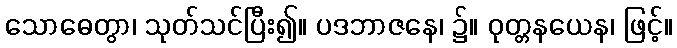
သောဓေတွာ၊ သုတ်သင်ပြီး၍။ ပဒဘာဇနေ၊ ၌။ ဝုတ္တနယေန၊ ဖြင့်။